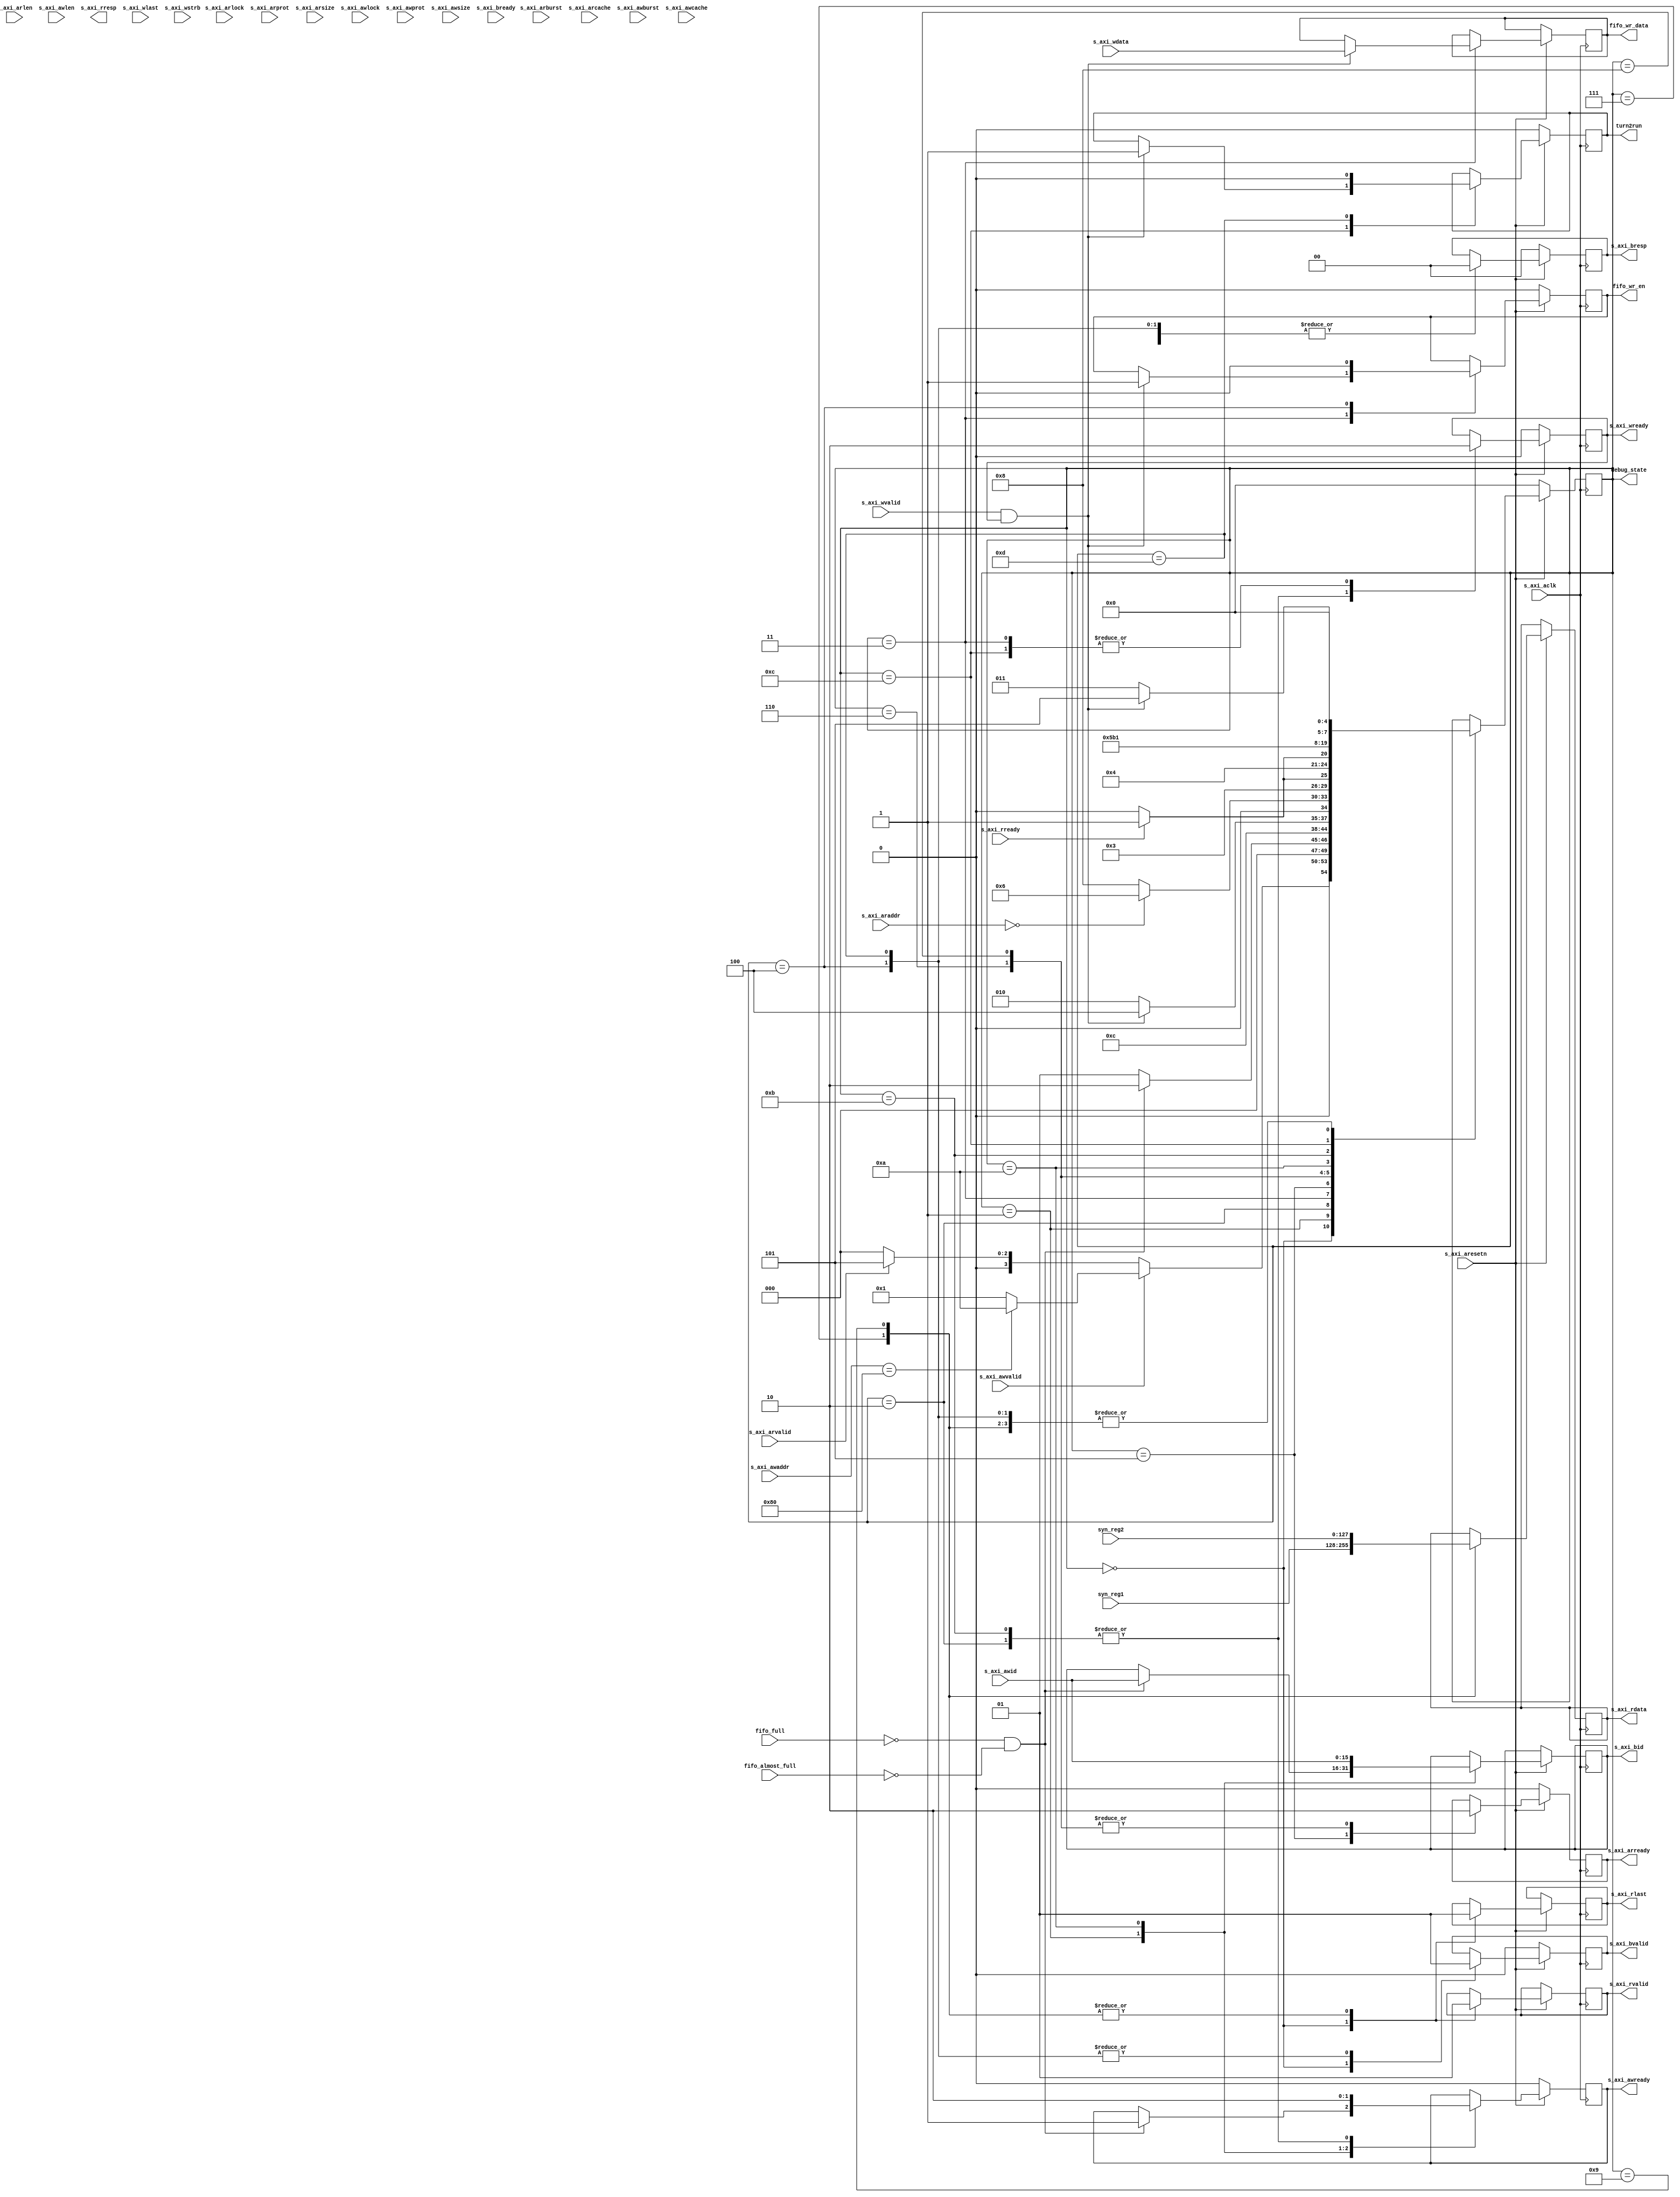
`timescale 1ns / 1ps
//////////////////////////////////////////////////////////////////////////////////
// Company: 
// Engineer: 
// 
// Design Name: 
// Module Name: encore_interface
// Project Name: 
// Target Devices: 
// Tool Versions: 
// Description: 
// 
// Dependencies: 
// 
// Revision:
// Revision 0.01 - File Created
// Additional Comments:
// 
//////////////////////////////////////////////////////////////////////////////////

module encore_interface(
 (* X_INTERFACE_INFO = "xilinx.com:interface:aximm:1.0 S_AXI ARADDR" *)(* X_INTERFACE_PARAMETER = "XIL_INTERFACENAME S_AXI, ID_WIDTH 16" *)    input   [11:0]    s_axi_araddr,                      //axi
 (* X_INTERFACE_INFO = "xilinx.com:interface:aximm:1.0 S_AXI ARBURST" *)  input   [1:0]     s_axi_arburst,    //               //axi
 (* X_INTERFACE_INFO = "xilinx.com:interface:aximm:1.0 S_AXI ARCACHE" *)  input   [3:0]     s_axi_arcache,    //               //axi
 (* X_INTERFACE_INFO = "xilinx.com:interface:aximm:1.0 S_AXI ARLEN" *)    input   [7:0]     s_axi_arlen,      //               //axi
 (* X_INTERFACE_INFO = "xilinx.com:interface:aximm:1.0 S_AXI ARLOCK" *)   input   [0:0]     s_axi_arlock,     //               //axi
 (* X_INTERFACE_INFO = "xilinx.com:interface:aximm:1.0 S_AXI ARPROT" *)   input   [2:0]     s_axi_arprot,     //               //axi
 (* X_INTERFACE_INFO = "xilinx.com:interface:aximm:1.0 S_AXI ARREADY" *)  output  [0:0]     s_axi_arready,                     //axi
 (* X_INTERFACE_INFO = "xilinx.com:interface:aximm:1.0 S_AXI ARSIZE" *)   input   [2:0]     s_axi_arsize,     //               //axi
 (* X_INTERFACE_INFO = "xilinx.com:interface:aximm:1.0 S_AXI ARVALID" *)  input   [0:0]     s_axi_arvalid,                     //axi
 (* X_INTERFACE_INFO = "xilinx.com:interface:aximm:1.0 S_AXI AWADDR" *)   input   [11:0]    s_axi_awaddr,                      //axi
 (* X_INTERFACE_INFO = "xilinx.com:interface:aximm:1.0 S_AXI AWBURST" *)  input   [1:0]     s_axi_awburst,    //               //axi
 (* X_INTERFACE_INFO = "xilinx.com:interface:aximm:1.0 S_AXI AWCACHE" *)  input   [3:0]     s_axi_awcache,    //               //axi
 (* X_INTERFACE_INFO = "xilinx.com:interface:aximm:1.0 S_AXI AWLEN" *)    input   [7:0]     s_axi_awlen,      //               //axi
 (* X_INTERFACE_INFO = "xilinx.com:interface:aximm:1.0 S_AXI AWLOCK" *)   input   [0:0]     s_axi_awlock,     //               //axi
 (* X_INTERFACE_INFO = "xilinx.com:interface:aximm:1.0 S_AXI AWPROT" *)   input   [2:0]     s_axi_awprot,     //               //axi
 (* X_INTERFACE_INFO = "xilinx.com:interface:aximm:1.0 S_AXI AWREADY" *)  output  [0:0]     s_axi_awready,                     //axi
 (* X_INTERFACE_INFO = "xilinx.com:interface:aximm:1.0 S_AXI AWSIZE" *)   input   [2:0]     s_axi_awsize,     //               //axi
 (* X_INTERFACE_INFO = "xilinx.com:interface:aximm:1.0 S_AXI AWVALID" *)  input   [0:0]     s_axi_awvalid,                     //axi
 (* X_INTERFACE_INFO = "xilinx.com:interface:aximm:1.0 S_AXI BREADY" *)   input   [0:0]     s_axi_bready,                      //axi
 (* X_INTERFACE_INFO = "xilinx.com:interface:aximm:1.0 S_AXI BRESP" *)    output  [1:0]     s_axi_bresp,      //               //axi
 (* X_INTERFACE_INFO = "xilinx.com:interface:aximm:1.0 S_AXI BVALID" *)   output  [0:0]     s_axi_bvalid,                      //axi
 (* X_INTERFACE_INFO = "xilinx.com:interface:aximm:1.0 S_AXI RDATA" *)    output  [127:0]   s_axi_rdata,                       //axi
 (* X_INTERFACE_INFO = "xilinx.com:interface:aximm:1.0 S_AXI RLAST" *)    output  [0:0]     s_axi_rlast,                       //axi
 (* X_INTERFACE_INFO = "xilinx.com:interface:aximm:1.0 S_AXI RREADY" *)   input   [0:0]     s_axi_rready,                      //axi
 (* X_INTERFACE_INFO = "xilinx.com:interface:aximm:1.0 S_AXI RRESP" *)    output  [1:0]     s_axi_rresp,      //               //axi
 (* X_INTERFACE_INFO = "xilinx.com:interface:aximm:1.0 S_AXI RVALID" *)   output  [0:0]     s_axi_rvalid,                      //axi
 (* X_INTERFACE_INFO = "xilinx.com:interface:aximm:1.0 S_AXI WDATA" *)    input   [127:0]   s_axi_wdata,                       //axi
 (* X_INTERFACE_INFO = "xilinx.com:interface:aximm:1.0 S_AXI WLAST" *)    input   [0:0]     s_axi_wlast,                       //axi
 (* X_INTERFACE_INFO = "xilinx.com:interface:aximm:1.0 S_AXI WREADY" *)   output  [0:0]     s_axi_wready,                      //axi
 (* X_INTERFACE_INFO = "xilinx.com:interface:aximm:1.0 S_AXI WSTRB" *)    input   [15:0]    s_axi_wstrb,      //               //axi
 (* X_INTERFACE_INFO = "xilinx.com:interface:aximm:1.0 S_AXI WVALID" *)   input   [0:0]     s_axi_wvalid,                      //axi
 (* X_INTERFACE_INFO = "xilinx.com:interface:aximm:1.0 S_AXI BID" *)      output  [15:0]    s_axi_bid,
 (* X_INTERFACE_INFO = "xilinx.com:interface:aximm:1.0 S_AXI AWID" *)     input   [15:0]    s_axi_awid,
  input   [0:0]     s_axi_aclk,                        //axi
  input   [0:0]     s_axi_aresetn,                     //axi
  (* X_INTERFACE_INFO = "xilinx.com:interface:fifo_write:1.0 FIFO_WRITE ALMOST_FULL" *) input   [0:0]     fifo_almost_full,
  (* X_INTERFACE_INFO = "xilinx.com:interface:fifo_write:1.0 FIFO_WRITE FULL" *)        input   [0:0]     fifo_full,
  (* X_INTERFACE_INFO = "xilinx.com:interface:fifo_write:1.0 FIFO_WRITE WR_DATA" *)     output  [127:0]   fifo_wr_data,
  (* X_INTERFACE_INFO = "xilinx.com:interface:fifo_write:1.0 FIFO_WRITE WR_EN" *)       output  [0:0]     fifo_wr_en,
  input   [127:0]     syn_reg1,
  input   [127:0]     syn_reg2,
  output  reg[0:0]     turn2run,
  output  [4:0]    debug_state

    );
    
    reg     [0:0]       reg_s_axi_arready;
    reg     [0:0]       reg_s_axi_rlast;
    reg     [0:0]       reg_s_axi_rvalid;
    reg     [127:0]     reg_s_axi_rdata;

    reg     [0:0]       reg_s_axi_awready;
    reg     [1:0]       reg_s_axi_bresp;
    reg     [0:0]       reg_s_axi_bvalid;
    reg     [0:0]       reg_s_axi_wready;
    reg     [127:0]     reg_fifo_wr_data;
    reg     [0:0]       reg_fifo_wr_en;
    reg     [15:0]      reg_s_axi_bid;
    reg     [4:0]       state = 0;
    
    assign debug_state = state;
    assign s_axi_arready = reg_s_axi_arready;
    assign s_axi_rlast = reg_s_axi_rlast;
    assign s_axi_rvalid = reg_s_axi_rvalid;
    assign s_axi_rdata = reg_s_axi_rdata;
    assign s_axi_awready = reg_s_axi_awready;
    assign s_axi_bresp = reg_s_axi_bresp;
    assign s_axi_bvalid = reg_s_axi_bvalid;
    assign s_axi_wready = reg_s_axi_wready;
    assign fifo_wr_data = reg_fifo_wr_data;
    assign fifo_wr_en = reg_fifo_wr_en;
    assign s_axi_bid = reg_s_axi_bid;

    parameter EMU_AXI_READY         = 5'd0;
    parameter EMU_DIFDATA_AXI_AW    = 5'd1;
    parameter EMU_DIFDATA_AXI_W1    = 5'd2;
    parameter EMU_DIFDATA_AXI_W2    = 5'd3;
    parameter EMU_DIFDATA_AXI_B     = 5'd4;
    parameter EMU_READ_AXI_AR       = 5'd5;
    parameter EMU_SYNREG1_AXI_R1    = 5'd6;
    parameter EMU_SYNREG1_AXI_R2    = 5'd7;
    parameter EMU_SYNREG2_AXI_R1    = 5'd8;
    parameter EMU_SYNREG2_AXI_R2    = 5'd9;
    parameter EMU_TURN2RUN_AXI_AW   = 5'd10;
    parameter EMU_TURN2RUN_AXI_W1   = 5'd11;
    parameter EMU_TURN2RUN_AXI_W2   = 5'd12;
    parameter EMU_TURN2RUN_AXI_B    = 5'd13;


    
    always @(posedge s_axi_aclk)begin
        if(!s_axi_aresetn) begin
            reg_s_axi_arready <= 0;
            reg_s_axi_awready <= 0;
            reg_s_axi_bresp <= 0;
            reg_s_axi_bvalid <= 0;
            reg_s_axi_wready <= 0;
            reg_fifo_wr_en <= 0;
            turn2run <= 0;
            state <= EMU_AXI_READY;
        end
        else begin
            case(state)
            EMU_AXI_READY:begin                                 //ready
                reg_s_axi_bvalid <= 0;
                reg_s_axi_bresp <= 0;
                reg_s_axi_rlast <= 1'b0;
                reg_s_axi_rvalid <= 1'b0;
                if(s_axi_awvalid) begin
                    if(s_axi_awaddr == 12'h080)begin
                        state <= EMU_TURN2RUN_AXI_AW;
                    end
                    else begin
                        state <= EMU_DIFDATA_AXI_AW;
                    end
                end
                else if(s_axi_arvalid)begin
                    state <= EMU_READ_AXI_AR;
                end
                else begin
                    state <= EMU_AXI_READY;
                end
            end
            EMU_DIFDATA_AXI_AW:begin                                 //axi_aw
                if(!fifo_full && !fifo_almost_full) begin
                    reg_s_axi_awready <= 1;
                    reg_s_axi_bid <= s_axi_awid;
                    state <= EMU_DIFDATA_AXI_W1;
                end
                else begin
                    state <= EMU_DIFDATA_AXI_AW;
                end
            end
            EMU_DIFDATA_AXI_W1:begin                                 //aw_step1
                reg_s_axi_awready <= 0;
                reg_s_axi_wready <= 1;
                state <= EMU_DIFDATA_AXI_W2;
            end
            EMU_DIFDATA_AXI_W2:begin                                 //aw_step2
                reg_s_axi_wready <= 0;
                if(s_axi_wvalid && reg_s_axi_wready)begin
                    reg_fifo_wr_data <= s_axi_wdata;
                    reg_fifo_wr_en <= 1;
                    state <= EMU_DIFDATA_AXI_B;
                end
                else begin
                    state <= EMU_DIFDATA_AXI_W1;
                end
            end
            EMU_DIFDATA_AXI_B:begin                                 //axi_b
                reg_fifo_wr_en <= 0;
                reg_s_axi_bvalid <= 1;
                reg_s_axi_bresp <= 0;
                state <= EMU_AXI_READY;
            end
            EMU_READ_AXI_AR:begin
                reg_s_axi_arready <= 1;
                if(s_axi_araddr == 12'h0)begin
                    state <= EMU_SYNREG1_AXI_R1;
                end
                else begin
                    state <= EMU_SYNREG2_AXI_R1;
                end
            end
            EMU_SYNREG1_AXI_R1:begin
                reg_s_axi_arready <= 0;
                if(s_axi_rready)begin
                    state <= EMU_SYNREG1_AXI_R2;
                end
                else begin
                    state <= EMU_SYNREG1_AXI_R1;
                end
            end
            EMU_SYNREG1_AXI_R2:begin
                reg_s_axi_rlast <= 1'b1;
                reg_s_axi_rvalid <= 1'b1;
                reg_s_axi_rdata <= syn_reg1;
                state <= EMU_AXI_READY;
            end
            EMU_SYNREG2_AXI_R1:begin
                reg_s_axi_arready <= 0;
                if(s_axi_rready)begin
                    state <= EMU_SYNREG2_AXI_R2;
                end
                else begin
                    state <= EMU_SYNREG2_AXI_R1;
                end
            end
            EMU_SYNREG2_AXI_R2:begin
                reg_s_axi_rlast <= 1'b1;
                reg_s_axi_rvalid <= 1'b1;
                reg_s_axi_rdata <= syn_reg2;
                state <= EMU_AXI_READY;
            end
            EMU_TURN2RUN_AXI_AW:begin
                reg_s_axi_awready <= 1;
                reg_s_axi_bid <= s_axi_awid;
                state <= EMU_TURN2RUN_AXI_W1;
            end
            EMU_TURN2RUN_AXI_W1:begin
                reg_s_axi_awready <= 0;
                reg_s_axi_wready <= 1;
                state <= EMU_TURN2RUN_AXI_W2;
            end
            EMU_TURN2RUN_AXI_W2:begin
                reg_s_axi_wready <= 0;
                if(s_axi_wvalid && reg_s_axi_wready)begin
                    turn2run <= 1;
                    state <= EMU_TURN2RUN_AXI_B;
                end
                else begin
                    state <= EMU_TURN2RUN_AXI_W1;
                end
            end
            EMU_TURN2RUN_AXI_B:begin
                turn2run <= 0;
                reg_s_axi_bvalid <= 1;
                reg_s_axi_bresp <= 0;
                state <= EMU_AXI_READY;
            end
            endcase
        end
    end
endmodule